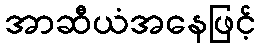
အာဆီယံအနေဖြင့်